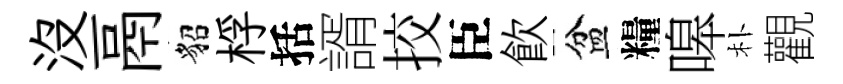
没鬲貂桴括諝挍臣飮盆糧嗥朴觀